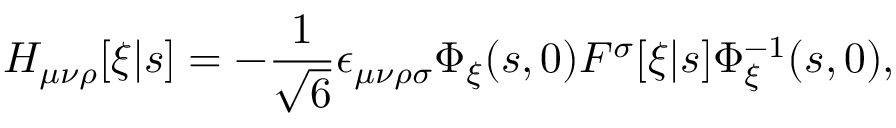
H _ { \mu \nu \rho } [ \xi | s ] = - \frac { 1 } { \sqrt { 6 } } \epsilon _ { \mu \nu \rho \sigma } \Phi _ { \xi } ( s , 0 ) F ^ { \sigma } [ \xi | s ] \Phi _ { \xi } ^ { - 1 } ( s , 0 ) ,